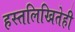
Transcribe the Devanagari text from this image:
हस्तलिखितेही